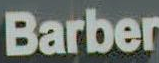
Barber